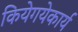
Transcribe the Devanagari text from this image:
कियेगयेकार्य